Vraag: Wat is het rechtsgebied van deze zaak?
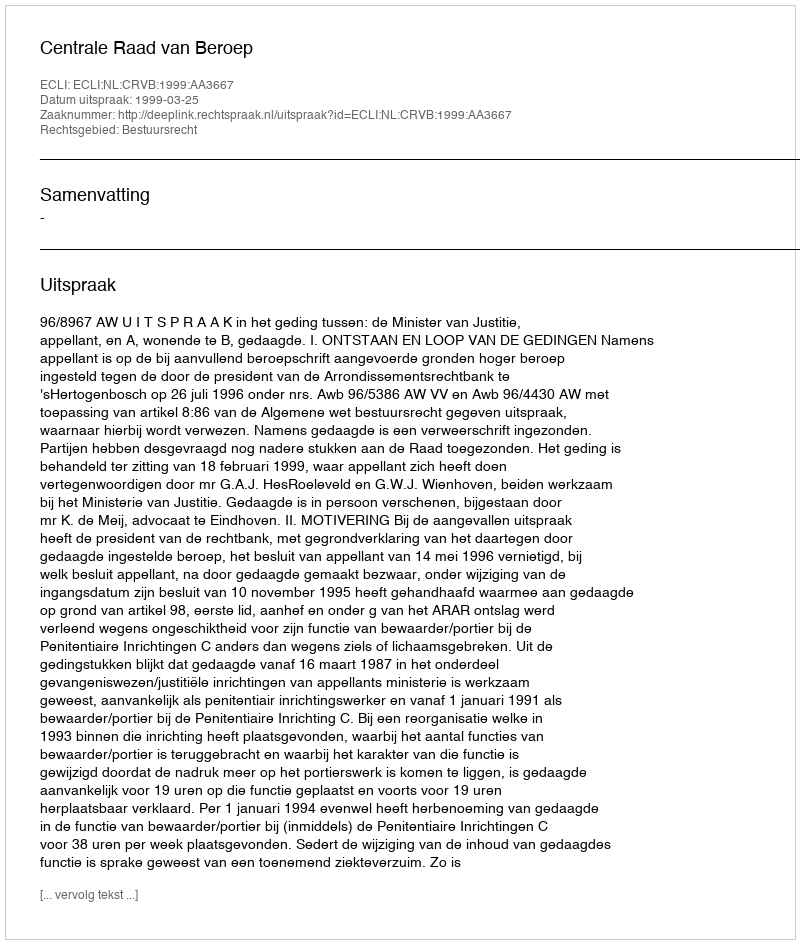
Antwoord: Bestuursrecht